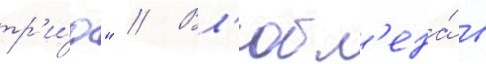
тр'и́о" // Вл'юбл'ена́ в